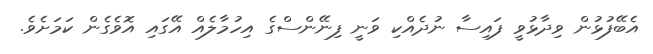
އެބޭފުޅުން ވިދާޅުވީ ފައިސާ ނުދެއްކި ވަނީ ފިނޭންސްގެ އިހުމާލެއް އޭގައި އޮވެގެން ކަމަށެވެ.